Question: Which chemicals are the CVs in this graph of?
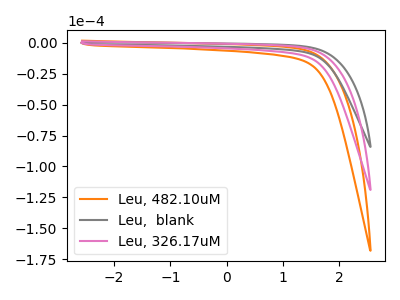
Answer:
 <answer>The orange curve is labeled "Leu, 482.10uM". The gray curve is labeled "Leu,  blank". The pink curve is labeled "Leu, 326.17uM".</answer>
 <eval></eval>